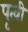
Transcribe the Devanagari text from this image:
पृत्वी